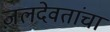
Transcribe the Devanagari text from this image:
जलदेवतांचा